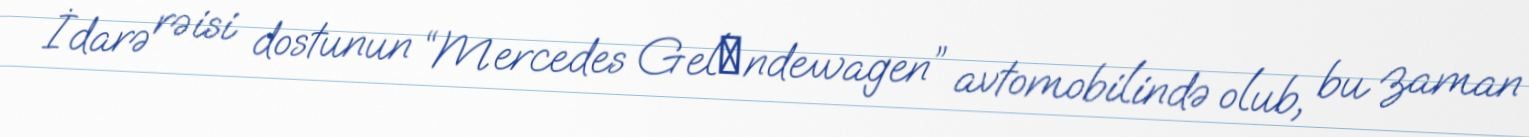
İdarə rəisi dostunun “Mercedes Gelеndewagen” avtomobilində olub, bu zaman